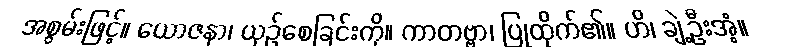
အစွမ်းဖြင့်။ ယောဇနာ၊ ယှဉ်စေခြင်းကို။ ကာတဗ္ဗာ၊ ပြုထိုက်၏။ ဟိ၊ ချဲ့ဦးအံ့။